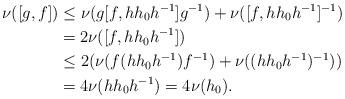
LaTeX: \begin{align*}\nu([g,f])& \leq \nu(g[f,hh_0h^{-1}]g^{-1})+\nu([f,hh_0h^{-1}]^{-1})\\&=2\nu([f,hh_0h^{-1}])\\ & \leq 2(\nu(f(hh_0h^{-1})f^{-1})+\nu((hh_0h^{-1})^{-1}))\\ &=4\nu(hh_0h^{-1})=4\nu(h_0).\end{align*}